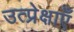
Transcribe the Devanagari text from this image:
उत्प्रेक्षाएँ